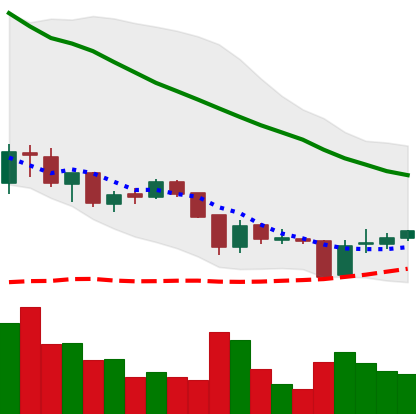
Ticker: XRP-USD
Chart end date: 2018-06-01
Forward return: 8.251%
Label: up_7plus